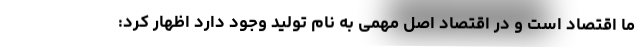
ما اقتصاد است و در اقتصاد اصل مهمی به نام تولید وجود دارد اظهار کرد: